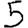
Digit: 5